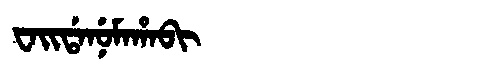
Manchu: ᠸᠠᡳᡩᠠᠨᡠᠮᠠᡥᠠᠪᡳ
Romanization: WAIDANUMAHABI